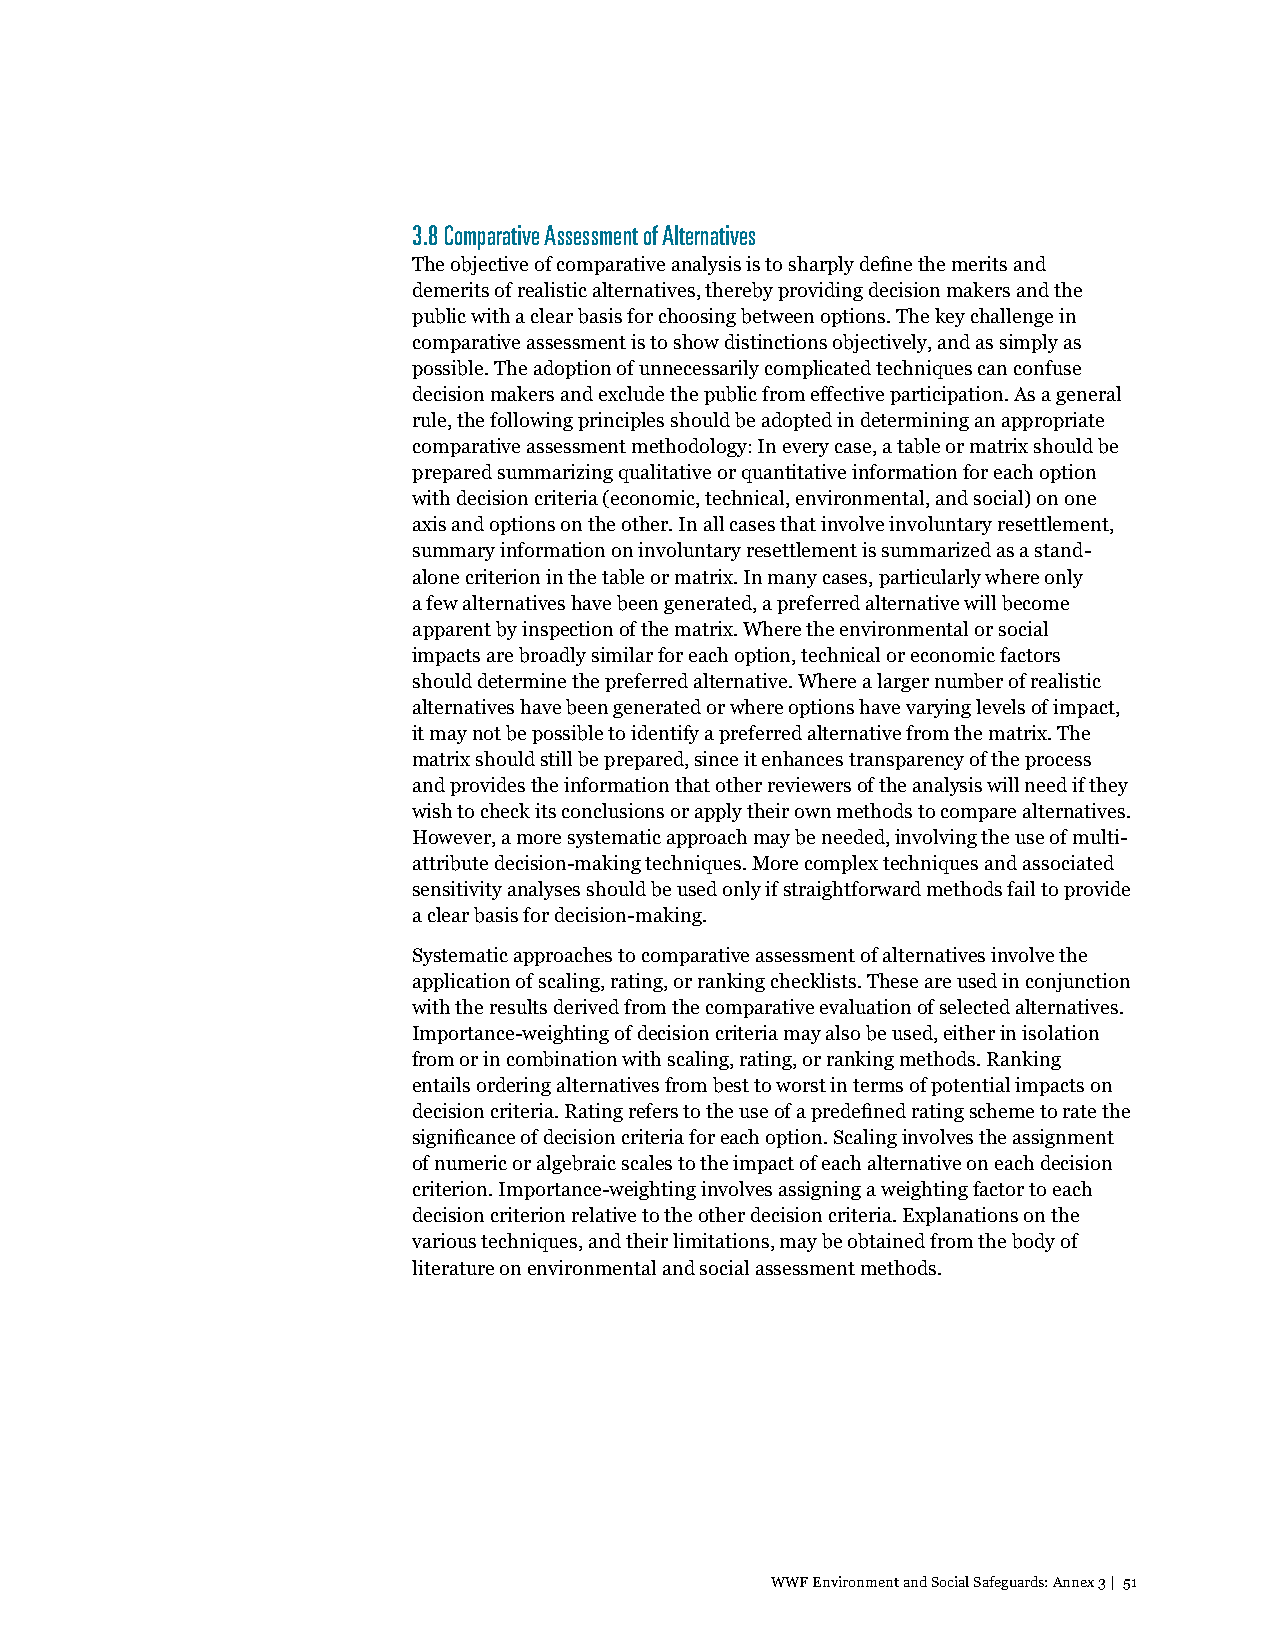
3.8 Comparative Assessment of Alternatives
 The objective of comparative analysis is to sharply define the merits and
 demerits of realistic alternatives, thereby providing decision makers and the
 public with a clear basis for choosing between options. The key challenge in
 comparative assessment is to show distinctions objectively, and as simply as
 possible. The adoption of unnecessarily complicated techniques can confuse
 decision makers and exclude the public from effective participation. As a general
 rule, the following principles should be adopted in determining an appropriate
 comparative assessment methodology: In every case, a table or matrix should be
 prepared summarizing qualitative or quantitative information for each option
 with decision criteria (economic, technical, environmental, and social) on one
 axis and options on the other. In all cases that involve involuntary resettlement,
 summary information on involuntary resettlement is summarized as a stand-
 alone criterion in the table or matrix. In many cases, particularly where only
 a few alternatives have been generated, a preferred alternative will become
 apparent by inspection of the matrix. Where the environmental or social
 impacts are broadly similar for each option, technical or economic factors
 should determine the preferred alternative. Where a larger number of realistic
 alternatives have been generated or where options have varying levels of impact,
 it may not be possible to identify a preferred alternative from the matrix. The
 matrix should still be prepared, since it enhances transparency of the process
 and provides the information that other reviewers of the analysis will need if they
 wish to check its conclusions or apply their own methods to compare alternatives.
 However, a more systematic approach may be needed, involving the use of multi-
 attribute decision-making techniques. More complex techniques and associated
 sensitivity analyses should be used only if straightforward methods fail to provide
 a clear basis for decision-making.
 Systematic approaches to comparative assessment of alternatives involve the
 application of scaling, rating, or ranking checklists. These are used in conjunction
 with the results derived from the comparative evaluation of selected alternatives.
 Importance-weighting of decision criteria may also be used, either in isolation
 from or in combination with scaling, rating, or ranking methods. Ranking
 entails ordering alternatives from best to worst in terms of potential impacts on
 decision criteria. Rating refers to the use of a predefined rating scheme to rate the
 significance of decision criteria for each option. Scaling involves the assignment
 of numeric or algebraic scales to the impact of each alternative on each decision
 criterion. Importance-weighting involves assigning a weighting factor to each
 decision criterion relative to the other decision criteria. Explanations on the
 various techniques, and their limitations, may be obtained from the body of
 literature on environmental and social assessment methods.
 WWF Environment and Social Safeguards: Annex 3 | 51